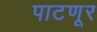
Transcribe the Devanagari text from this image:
पाटणूर